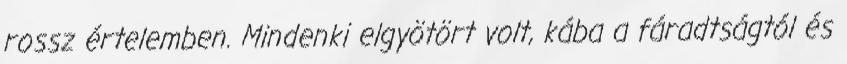
rossz értelemben. Mindenki elgyötört volt, kába a fáradtságtól és